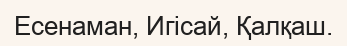
Есенаман, Игісай, Қалқаш.